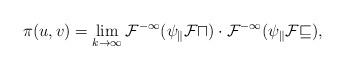
LaTeX: \begin{align*} \pi(u,v)=\lim_{k\to\infty}\cal F^{-1}(\psi_k\cal Fu)\cdot \cal F^{-1}(\psi_k\cal Fv), \end{align*}